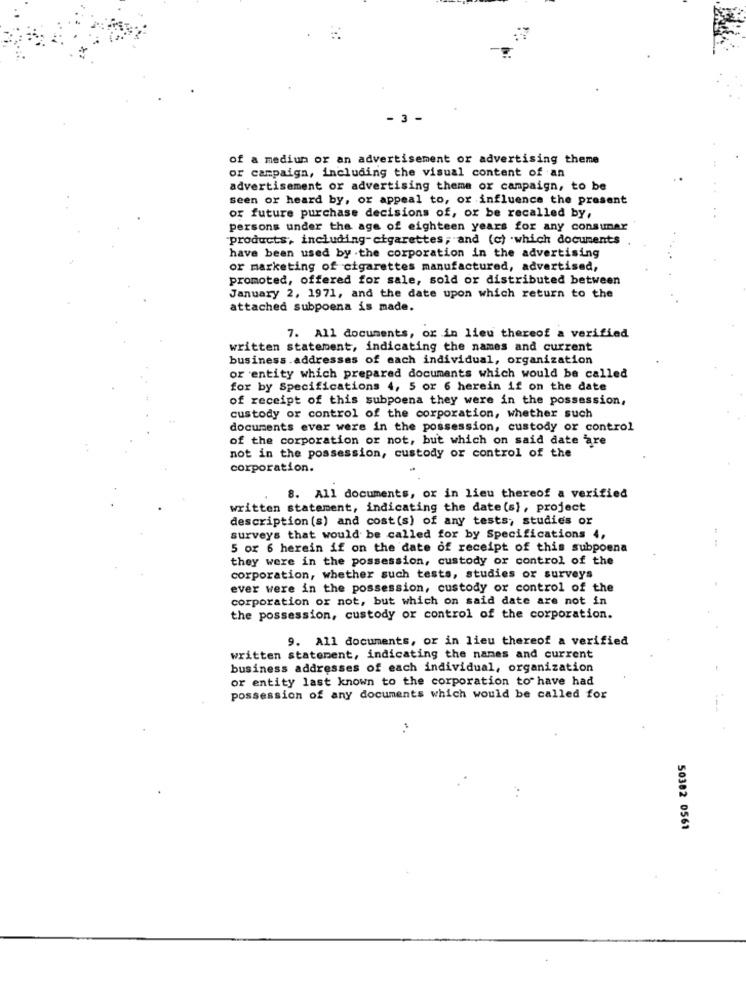
3
of a medium or an advertisement or advertising theme
or campaign, including the visual content of an
advertisement or advertising theme or campaign, to be
seen or heard by, or appeal to, or influence the present
of future purchase decisions of, or be recalled by,
persons under the age of eighteen years for any consunar
"products, including-cigarettes, and (c) .which documents
have been used by the corporation in the advertising
or marketing of cigarettes manufactured, advertised,
promoted, offered for sale, sold or distributed between
January 2, 1971, and the date upon which return to the
attached subpoena is made.
7. All documents, or in lieu thereof a verified
written statement, indicating the names and current
business. addresses of each individual, organization
or entity which prepared documents which would be called
for by Specifications 4, 5 or 6 herein if on the date
of receipt of this subpoena they were in the possession,
custody or control of the corporation, whether such
documents ever were in the possession, custody or control
of the corporation or not, but which on said date are
not in the possession, custody or control of the
corporation.
8. All documents, or in lieu thereof a verified
written statement, indicating the date (s), project
description (s) and cost(s) of any tests, studies or
surveys that would be called for by Specifications 4,
5 or 6 herein if on the date of receipt of this subpoena
they were in the possession, custody or control of the
corporation, whether such tests, studies or surveys
ever were in the possession, custody or control of the
corporation or not, but which on said date are not in
the possession, custody or control of the corporation.
9. All documents, or in lieu thereof a verified
written statement, indicating the names and current
business addresses of each individual, organization
or entity last known to the corporation to have had
possession of any documents which would be called for
50382 0561